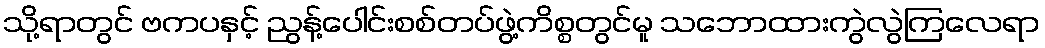
သို့ရာတွင် ဗကပနှင့် ညွန့်ပေါင်းစစ်တပ်ဖွဲ့ကိစ္စတွင်မူ သဘောထားကွဲလွဲကြလေရာ